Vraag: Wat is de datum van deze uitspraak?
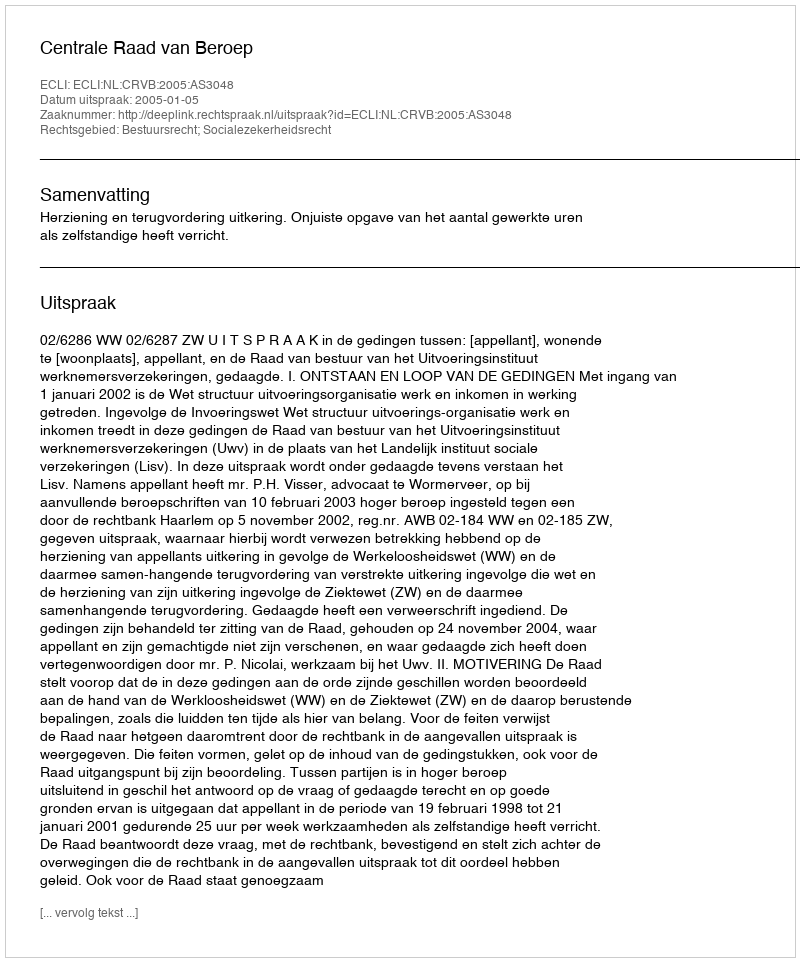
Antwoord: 2005-01-05